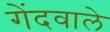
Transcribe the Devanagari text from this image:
गेंदवाले